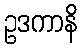
ဥဒကာနိ